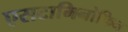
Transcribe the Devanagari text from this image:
एसटामिनोफिन